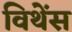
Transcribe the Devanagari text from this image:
विथेंस